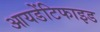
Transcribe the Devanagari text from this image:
आयडेंटिफाइड